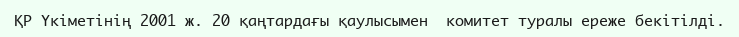
ҚР Үкіметінің 2001 ж. 20 қаңтардағы қаулысымен  комитет туралы ереже бекітілді.